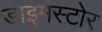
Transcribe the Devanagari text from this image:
डाइमस्टोर